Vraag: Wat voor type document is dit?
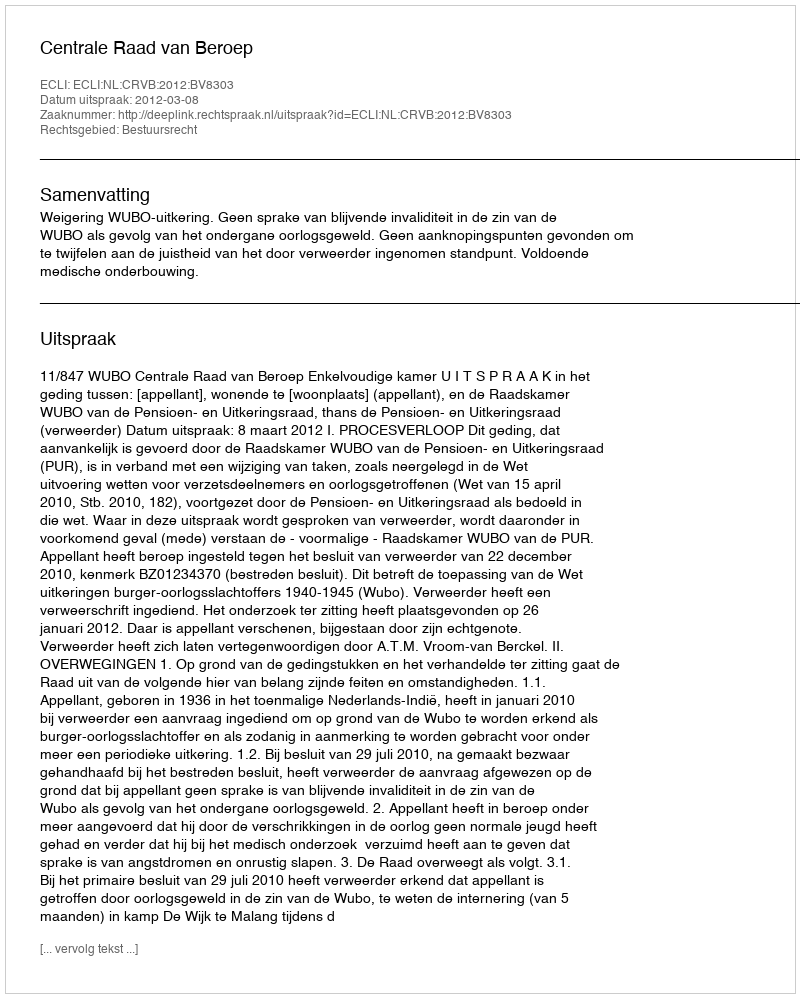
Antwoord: Uitspraak